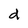
Character: d